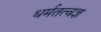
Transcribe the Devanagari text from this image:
धर्मतत्वज्ञ